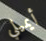
أيميلي